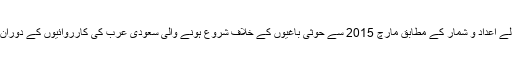
اقوام متحدہ کے دفتر برائے انسانی حقوق کی طرف سے حال ہی میں جاری ہونے والے اعداد و شمار کے مطابق مارچ 2015 سے حوثی باغیوں کے خلاف شروع ہونے والی سعودی عرب کی کارروائیوں کے دوران تین ہزار پانچ سو سے زائد افراد ہلاک جب کہ چھ ہزار تین سو زخمی ہو چکے ہیں۔